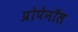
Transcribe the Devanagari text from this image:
प्रोपेनॉल